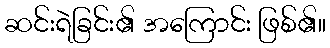
ဆင်းရဲခြင်း၏ အကြောင်း ဖြစ်၏။